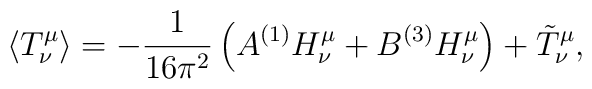
\langle T^\mu_\nu \rangle = -{1 \over 16 \pi^2} \left( A {}^{(1)}H^\mu_\nu + B {}^{(3)} H^\mu_\nu \right) + \tilde{T}^\mu_\nu,